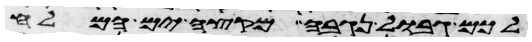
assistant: לכם גבול נגבה מקצה ים המלח